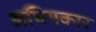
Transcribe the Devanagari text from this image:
अधिपकार